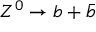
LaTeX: Z ^ { 0 } \to b + { \bar { b } }